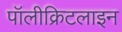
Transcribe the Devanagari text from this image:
पॉलीक्रिटलाइन